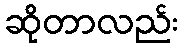
ဆိုတာလည်း